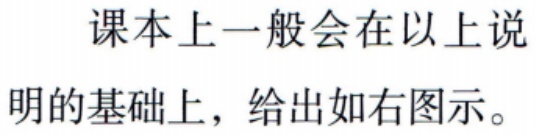
课本上一般会在以上说明的基础上，给出如右图示。